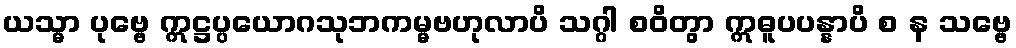
ယသ္မာ ပုဗ္ဗေ ဣဋ္ဌပ္ပယောဂသုဘကမ္မဗဟုလာပိ သဂ္ဂါ စဝိတွာ ဣဓူပပန္နာပိ စ န သဗ္ဗေ